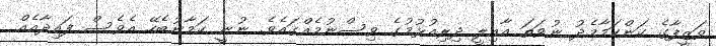
ވަޒީފާގެ ކަންކަމާމެދު ނުވަތަ އާއިލީ ދިރިއުޅުމުގެ ވިސްނުމެއްގައެވެ. ނުނީ ކަމާނުބެހޭ އެވެސް ފައިދާއެއް